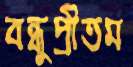
বন্ধুপ্রীতম